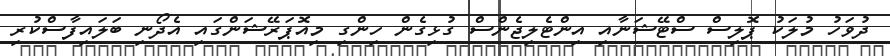
ދުވަހު މުލަކު ޕޮލިސް ސްޓޭޝަނާއި އިންޓެލިޖެންސް ގުޅިގެން ހިންގި މިއޮޕަރޭޝަންގައި އެދޯނި ބަލައިފާސްކުރި